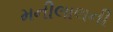
મનીલાલની